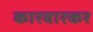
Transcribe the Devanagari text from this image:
कारवारकर